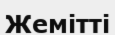
Жемітті